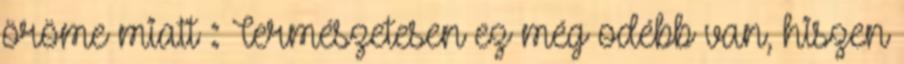
öröme miatt : Természetesen ez még odébb van, hiszen